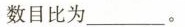
数目比为___。